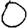
Digit: 0